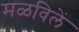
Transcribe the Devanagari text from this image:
मळविलें